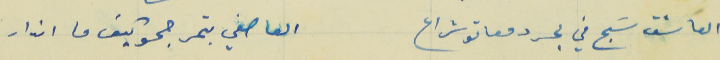
العاشق سَبح في بحر دمعاتو شراع                             العاصفي بتمرجحو كيف ما اندار